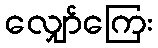
လျှော်ကြေး